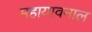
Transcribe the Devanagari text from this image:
महायावनाल